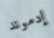
إدموند